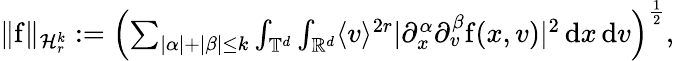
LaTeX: \begin{array}{r}{\Vert\mathrm{f}\Vert_{\mathcal{H}_{r}^{k}}:=\left(\sum_{\vert\alpha\vert+\vert\beta\vert\leq k}\int_{\mathbb T^{d}}\int_{\mathbb R^{d}}\langle v\rangle^{2r}\vert\partial_{x}^{\alpha}\partial_{v}^{\beta}\mathrm{f}(x,v)\vert^{2}\, \mathrm{d}x\, \mathrm{d}v\right)^{\frac{1}{2}},}\end{array}